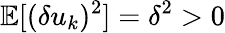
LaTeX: \mathbb{E}[(\delta u_{k})^{2}]=\delta^{2}>0